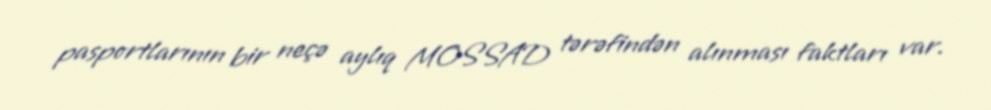
pasportlarının bir neçə aylıq MOSSAD tərəfindən alınması faktları var.